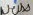
Text: Weiss